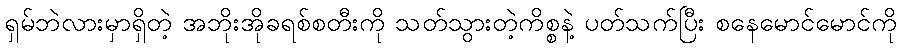
ရှမ်ဘဲလားမှာရှိတဲ့ အဘိုးအိုခရစ်စတီးကို သတ်သွားတဲ့ကိစ္စနဲ့ ပတ်သက်ပြီး စနေမောင်မောင်ကို